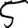
Digit: 5